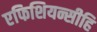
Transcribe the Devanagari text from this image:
एफिशियन्सीहि